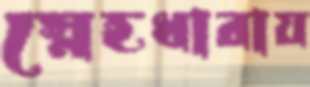
স্নেহধারায়